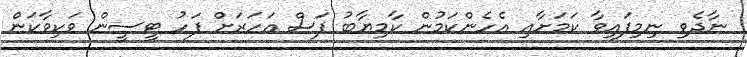
ނާދެވި ނިމިފައިވާ ކަމަށާއި އެހެންކަމުން ކާމިޔާބު ފަސް އަހަރަށް ފަހު ޓީސީން ވަކިވާކަން